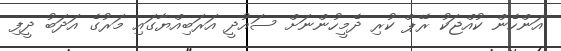
އަންހެން ކުއްޖަކު ރޭޕް ކުރި ދެމީހުންނަށް ސައުދީ އަރަބިއްޔާގައި މަރުގެ އަދަބު ދީފި